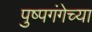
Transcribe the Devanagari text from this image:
पुष्पगंगेच्या